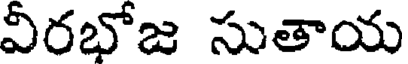
వీరభోజ సుతాయ